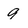
Character: 9